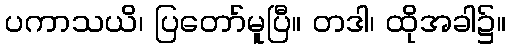
ပကာသယိ၊ ပြတော်မူပြီ။ တဒါ၊ ထိုအခါ၌။